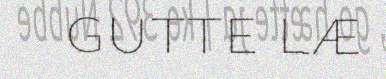
gutte læ